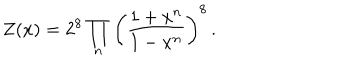
Z ( x ) = 2 ^ { 8 } \prod _ { n } \left( \frac { 1 + x ^ { n } } { 1 - x ^ { n } } \right) ^ { 8 } \, .